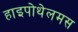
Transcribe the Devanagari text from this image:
हाइपोथेलमस